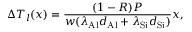
\Delta T _ { l } ( x ) = \frac { ( 1 - R ) P } { w ( \lambda _ { \mathrm { A l } } d _ { \mathrm { A l } } + \lambda _ { \mathrm { S i } } d _ { \mathrm { S i } } ) } x ,